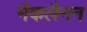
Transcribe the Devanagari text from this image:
मैकलैनन